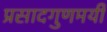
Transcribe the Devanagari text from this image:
प्रसादगुणमयी